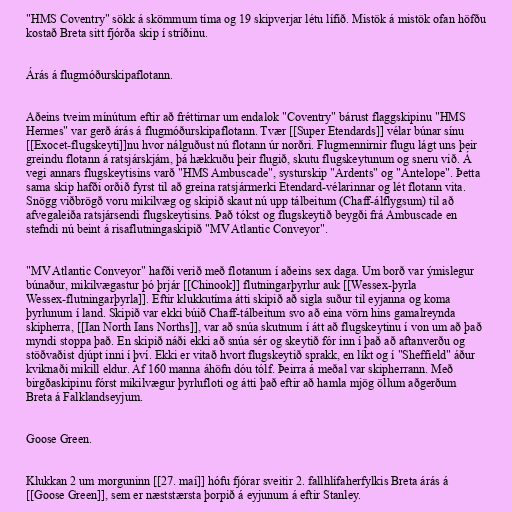
"HMS Coventry" sökk á skömmum tíma og 19 skipverjar létu lífið. Mistök á mistök ofan höfðu
kostað Breta sitt fjórða skip í stríðinu.

Árás á flugmóðurskipaflotann.

Aðeins tveim mínútum eftir að fréttirnar um endalok "Coventry" bárust flaggskipinu "HMS
Hermes" var gerð árás á flugmóðurskipaflotann. Tvær [[Super Etendards]] vélar búnar sínu
[[Exocet-flugskeyti]]nu hvor nálguðust nú flotann úr norðri. Flugmennirnir flugu lágt uns þeir
greindu flotann á ratsjárskjám, þá hækkuðu þeir flugið, skutu flugskeytunum og sneru við. Á
vegi annars flugskeytisins varð "HMS Ambuscade", systurskip "Ardents" og "Antelope". Þetta
sama skip hafði orðið fyrst til að greina ratsjármerki Etendard-vélarinnar og lét flotann vita.
Snögg viðbrögð voru mikilvæg og skipið skaut nú upp tálbeitum (Chaff-álflygsum) til að
afvegaleiða ratsjársendi flugskeytisins. Það tókst og flugskeytið beygði frá Ambuscade en
stefndi nú beint á risaflutningaskipið "MV Atlantic Conveyor".

"MV Atlantic Conveyor" hafði verið með flotanum í aðeins sex daga. Um borð var ýmislegur
búnaður, mikilvægastur þó þrjár [[Chinook]] flutningarþyrlur auk [[Wessex-þyrla
Wessex-flutningarþyrla]]. Eftir klukkutíma átti skipið að sigla suður til eyjanna og koma
þyrlunum í land. Skipið var ekki búið Chaff-tálbeitum svo að eina vörn hins gamalreynda
skipherra, [[Ian North Ians Norths]], var að snúa skutnum í átt að flugskeytinu í von um að það
myndi stoppa það. En skipið náði ekki að snúa sér og skeytið fór inn í það að aftanverðu og
stöðvaðist djúpt inni í því. Ekki er vitað hvort flugskeytið sprakk, en líkt og í "Sheffield" áður
kviknaði mikill eldur. Af 160 manna áhöfn dóu tólf. Þeirra á meðal var skipherrann. Með
birgðaskipinu fórst mikilvægur þyrlufloti og átti það eftir að hamla mjög öllum aðgerðum
Breta á Falklandseyjum.

Goose Green.

Klukkan 2 um morguninn [[27. maí]] hófu fjórar sveitir 2. fallhlífaherfylkis Breta árás á
[[Goose Green]], sem er næststærsta þorpið á eyjunum á eftir Stanley.